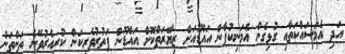
އަދި އެމަސައްކަތާއި ގުޅިގެން އެމަނިކުފާން އައްޑޫއަށް ޒިޔާރަތްކޮށް އައްޑޫން ފަތުރުވެރިކަން ކުރިއެރުވޭނެ ތަންތަން